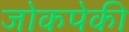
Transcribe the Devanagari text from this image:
जोकपेकी